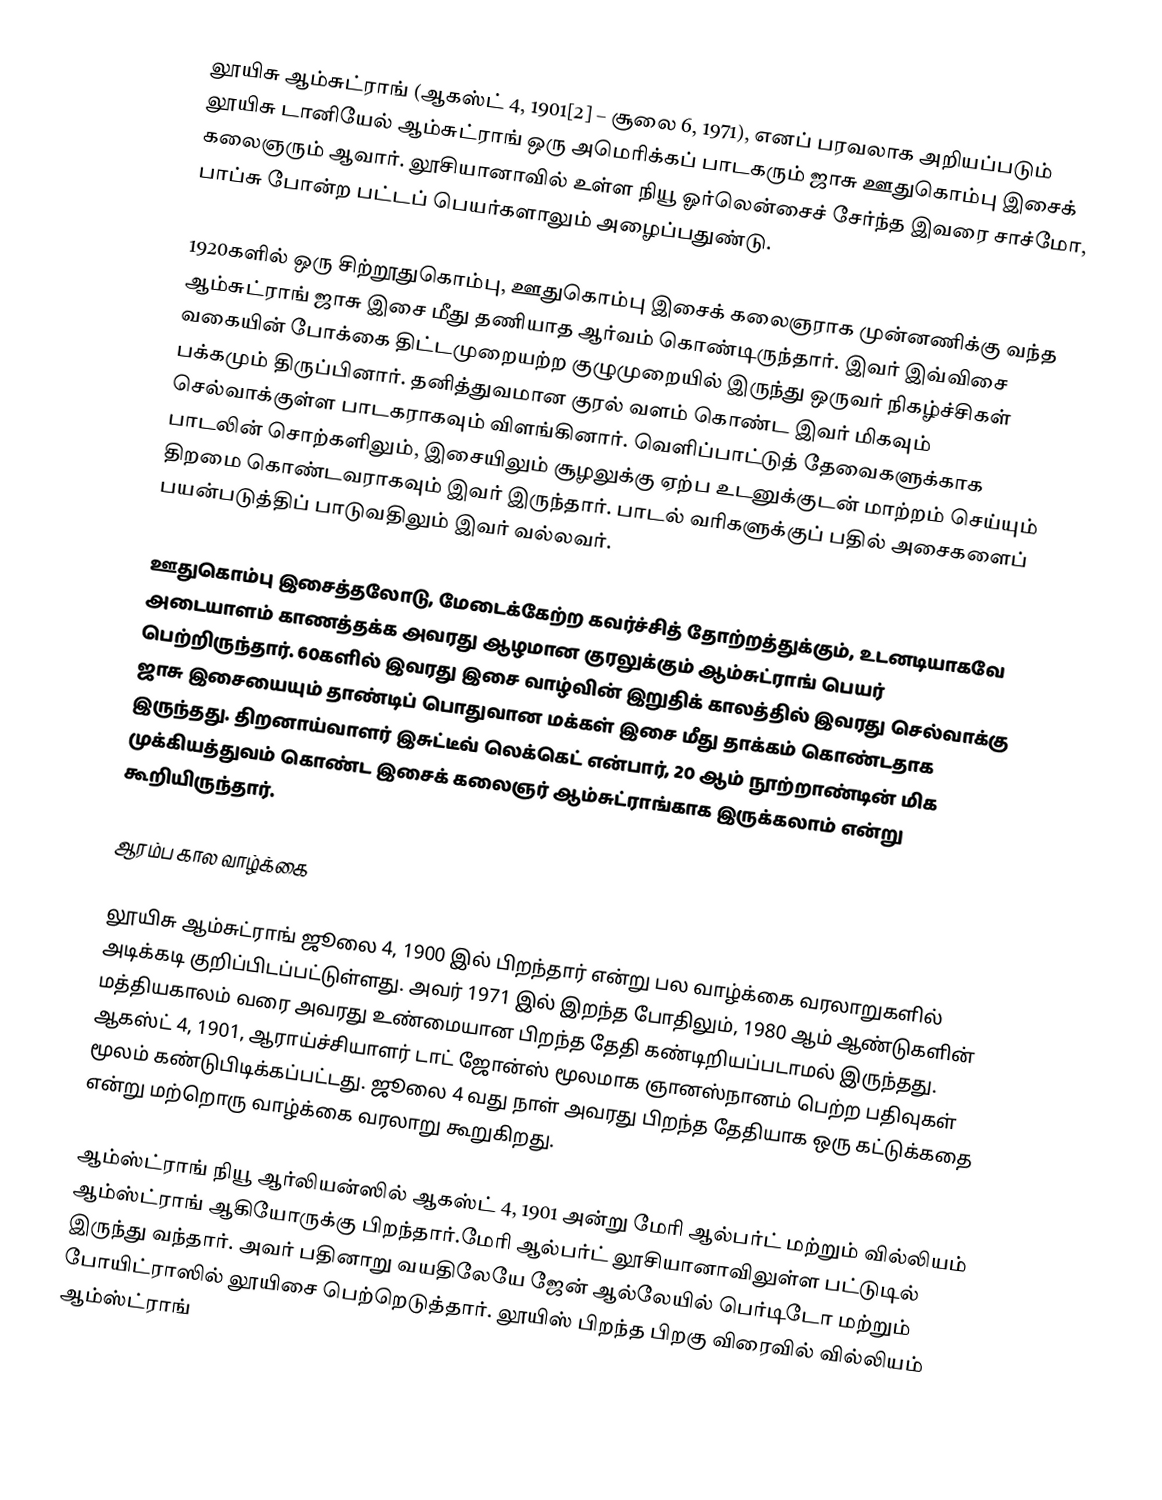
லூயிசு ஆம்சுட்ராங் (ஆகஸ்ட் 4, 1901[2] – சூலை 6, 1971), எனப் பரவலாக அறியப்படும் லூயிசு டானியேல் ஆம்சுட்ராங் ஒரு அமெரிக்கப் பாடகரும் ஜாசு ஊதுகொம்பு இசைக் கலைஞரும் ஆவார்.  லூசியானாவில் உள்ள நியூ ஓர்லென்சைச் சேர்ந்த இவரை சாச்மோ, பாப்சு போன்ற பட்டப் பெயர்களாலும் அழைப்பதுண்டு.

1920களில் ஒரு சிற்றூதுகொம்பு, ஊதுகொம்பு இசைக் கலைஞராக முன்னணிக்கு வந்த ஆம்சுட்ராங் ஜாசு இசை மீது தணியாத ஆர்வம் கொண்டிருந்தார். இவர் இவ்விசை வகையின் போக்கை திட்டமுறையற்ற குழுமுறையில் இருந்து ஒருவர் நிகழ்ச்சிகள் பக்கமும் திருப்பினார். தனித்துவமான குரல் வளம் கொண்ட இவர் மிகவும் செல்வாக்குள்ள பாடகராகவும் விளங்கினார். வெளிப்பாட்டுத் தேவைகளுக்காக பாடலின் சொற்களிலும், இசையிலும் சூழலுக்கு ஏற்ப உடனுக்குடன் மாற்றம் செய்யும் திறமை கொண்டவராகவும் இவர் இருந்தார். பாடல் வரிகளுக்குப் பதில் அசைகளைப் பயன்படுத்திப் பாடுவதிலும் இவர் வல்லவர்.

ஊதுகொம்பு இசைத்தலோடு, மேடைக்கேற்ற கவர்ச்சித் தோற்றத்துக்கும், உடனடியாகவே அடையாளம் காணத்தக்க அவரது ஆழமான குரலுக்கும் ஆம்சுட்ராங் பெயர் பெற்றிருந்தார். 60களில் இவரது இசை வாழ்வின் இறுதிக் காலத்தில் இவரது செல்வாக்கு ஜாசு இசையையும் தாண்டிப் பொதுவான மக்கள் இசை மீது தாக்கம் கொண்டதாக இருந்தது. திறனாய்வாளர் இசுட்டீவ் லெக்கெட் என்பார், 20 ஆம் நூற்றாண்டின் மிக முக்கியத்துவம் கொண்ட இசைக் கலைஞர் ஆம்சுட்ராங்காக இருக்கலாம் என்று கூறியிருந்தார்.

ஆரம்ப கால வாழ்க்கை

லூயிசு ஆம்சுட்ராங்  ஜூலை 4, 1900 இல் பிறந்தார் என்று பல வாழ்க்கை வரலாறுகளில் அடிக்கடி குறிப்பிடப்பட்டுள்ளது. அவர் 1971 இல் இறந்த போதிலும், 1980 ஆம் ஆண்டுகளின் மத்தியகாலம் வரை அவரது உண்மையான பிறந்த தேதி கண்டிறியப்படாமல் இருந்தது. ஆகஸ்ட் 4, 1901, ஆராய்ச்சியாளர் டாட் ஜோன்ஸ் மூலமாக ஞானஸ்நானம் பெற்ற பதிவுகள் மூலம் கண்டுபிடிக்கப்பட்டது.  ஜூலை 4 வது நாள் அவரது பிறந்த தேதியாக ஒரு கட்டுக்கதை என்று  மற்றொரு வாழ்க்கை வரலாறு கூறுகிறது.

ஆம்ஸ்ட்ராங் நியூ ஆர்லியன்ஸில் ஆகஸ்ட் 4, 1901 அன்று மேரி ஆல்பர்ட் மற்றும் வில்லியம் ஆம்ஸ்ட்ராங் ஆகியோருக்கு பிறந்தார்.மேரி ஆல்பர்ட் லூசியானாவிலுள்ள பட்டுடில் இருந்து வந்தார். அவர் பதினாறு வயதிலேயே ஜேன் ஆல்லேயில் பெர்டிடோ மற்றும் போயிட்ராஸில் லூயிசை பெற்றெடுத்தார். லூயிஸ் பிறந்த பிறகு விரைவில் வில்லியம் ஆம்ஸ்ட்ராங்